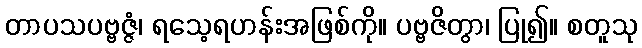
တာပသပဗ္ဗဇ္ဇံ၊ ရသေ့ရဟန်းအဖြစ်ကို။ ပဗ္ဗဇိတွာ၊ ပြု၍။ စတူသု